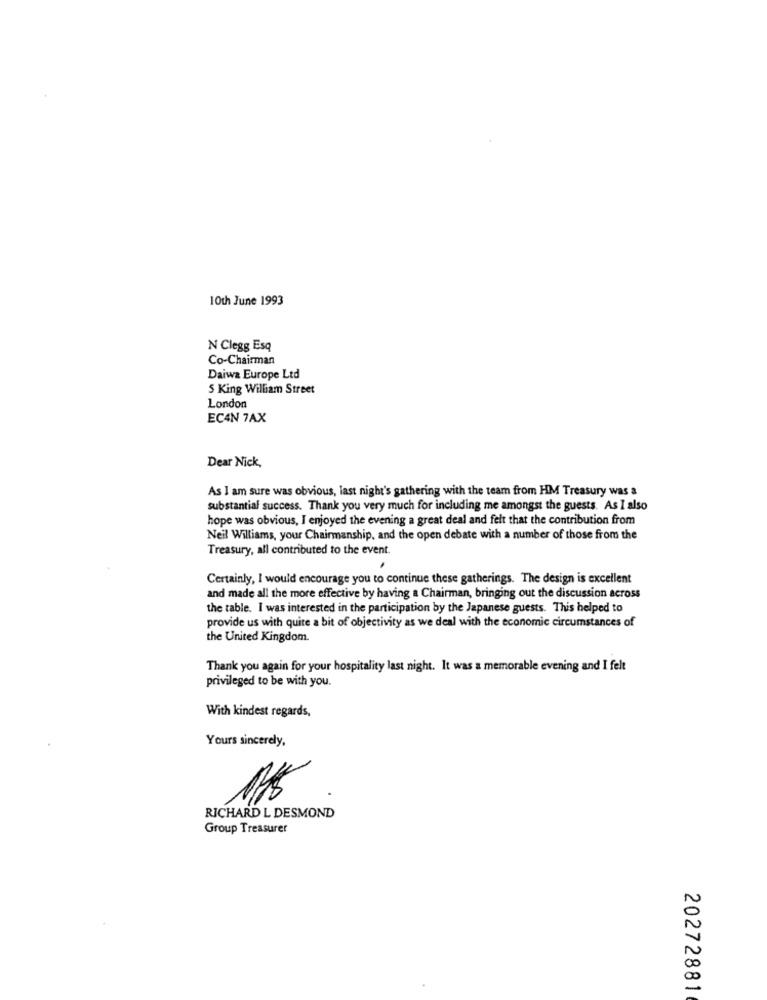
10th June 1993
N Clegg Esq
Co-Chairman
Daiwa Europe Ltd
5 King William Street
London
EC4N 7AX
Dear Nick,
As I am sure was obvious, last night's gathering with the team from HM Treasury was a
substantial success. Thank you very much for including me amongst the guests. As I also
hope was obvious, I enjoyed the evening a great deal and felt that the contribution from
Neil Williams, your Chairmanship, and the open debate with a number of those from the
Treasury, all contributed to the event.
Certainly, I would encourage you to continue these gatherings. The design is excellent
and made all the more effective by having a Chairman, bringing out the discussion across
the table. I was interested in the participation by the Japanese guests. This helped to
provide us with quite a bit of objectivity as we deal with the economic circumstances of
the United Kingdom.
Thank you again for your hospitality last night. It was a memorable evening and I felt
privileged to be with you.
With kindest regards,
Yours sincerely,
RICHARD L DESMOND
Group Treasurer
20272881